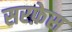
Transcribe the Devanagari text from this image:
सरफ़ेस